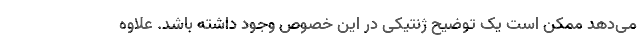
می‌دهد ممکن است یک توضیح ژنتیکی در این خصوص وجود داشته باشد. علاوه